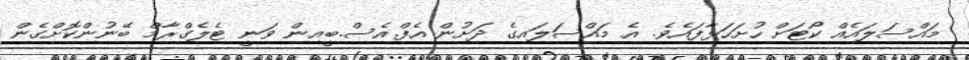
މައްސަލައެއް ކޯޓަށް ހުށަހަޅާފައެވެ. އެ މައްސަލައިގެ ދަށުން އެފް.އެސް.ބީއިން ވަނީ ޓެލެގްރާމް ބޭނުންކޮށްގެން